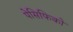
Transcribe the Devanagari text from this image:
पेसिफिको